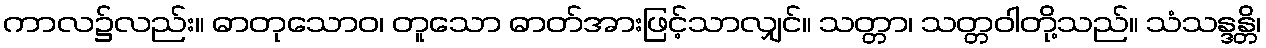
ကာလ၌လည်း။ ဓာတုသောဝ၊ တူသော ဓာတ်အားဖြင့်သာလျှင်။ သတ္တာ၊ သတ္တဝါတို့သည်။ သံသန္ဒန္တိ၊